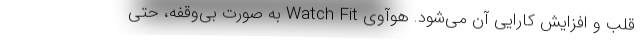
قلب و افزایش کارایی آن می‌شود. هوآوی Watch Fit به صورت بی‌وقفه، حتی